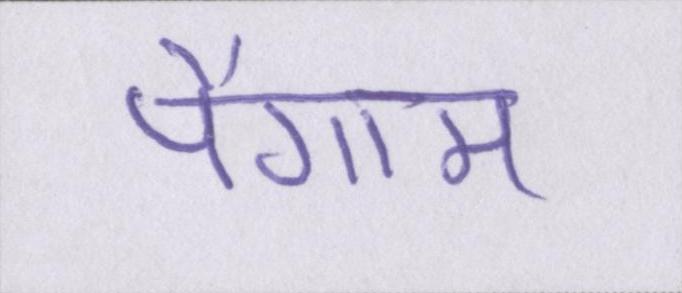
पैगाम